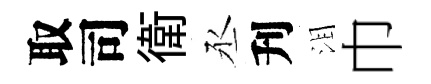
取司衛丞刋泪巾